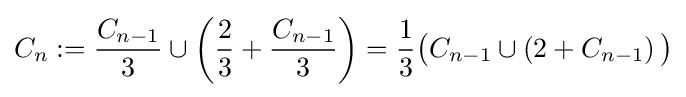
C_{n}:={\frac {C_{n-1}}{3}}\cup \left({\frac {2}{3}}+{\frac {C_{n-1}}{3}}\right)={\frac {1}{3}}{\bigl (}C_{n-1}\cup \left(2+C_{n-1}\right){\bigr )}